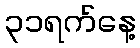
၃၁ရက်နေ့